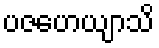
ပဇဟေယျာသိ